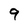
Character: 9